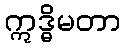
ဣဒ္ဓိမတာ